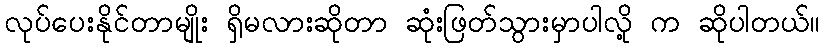
လုပ်ပေးနိုင်တာမျိုး ရှိမလားဆိုတာ ဆုံးဖြတ်သွားမှာပါလို့ က ဆိုပါတယ်။